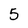
Character: 5